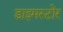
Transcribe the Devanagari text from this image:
डाइमस्टोर